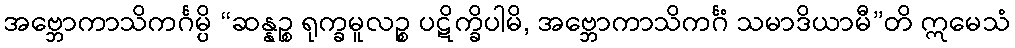
အဗ္ဘောကာသိကင်္ဂမ္ပိ “ဆန္နဉ္စ ရုက္ခမူလဉ္စ ပဋိက္ခိပါမိ, အဗ္ဘောကာသိကင်္ဂံ သမာဒိယာမီ”တိ ဣမေသံ